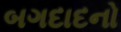
બગદાદનો